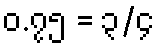
၀.၇၅ = ၃/၄